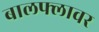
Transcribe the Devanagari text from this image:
बालफ्लावर